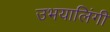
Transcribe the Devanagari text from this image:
उभयालिंगी